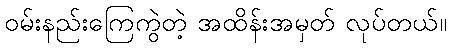
ဝမ်းနည်းကြေကွဲတဲ့ အထိန်းအမှတ် လုပ်တယ်။